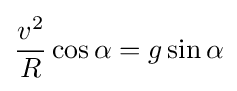
{v^{2} \over R}\cos \alpha =g\sin \alpha